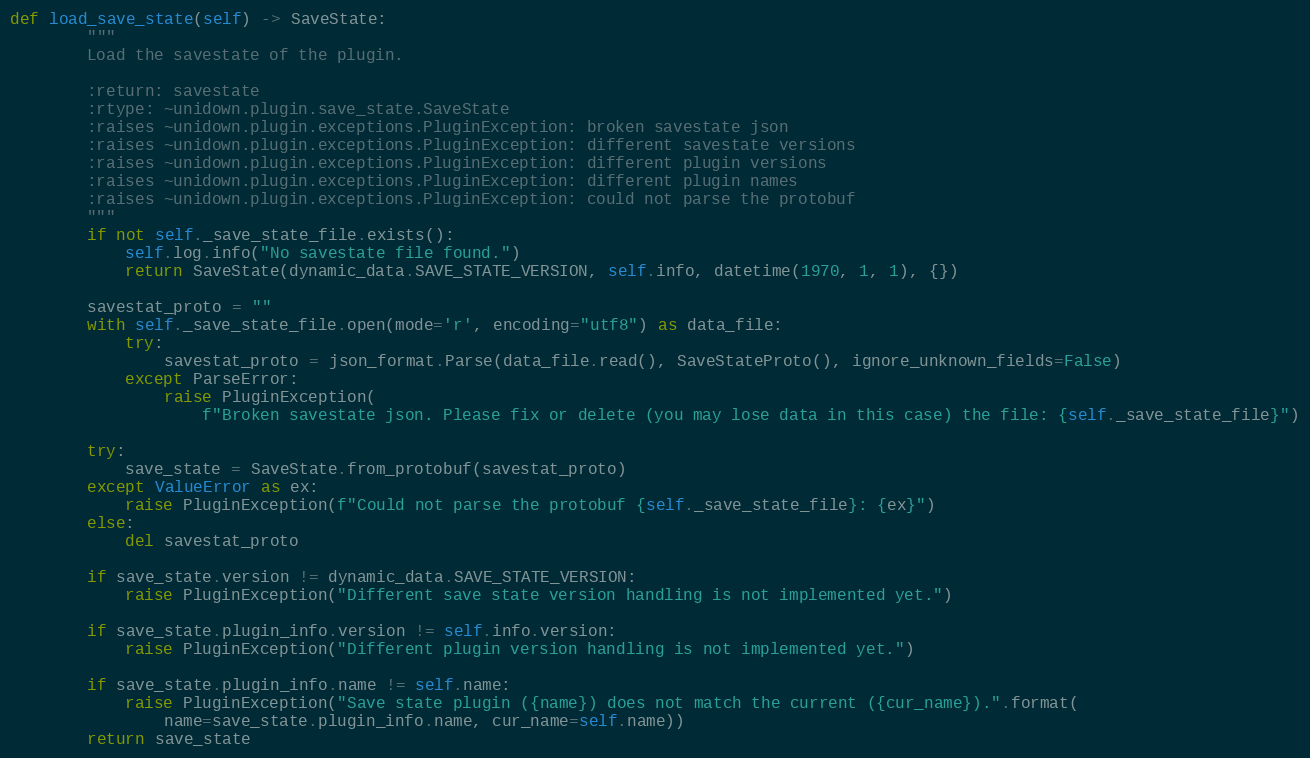
Language: Python
def load_save_state(self) -> SaveState:
        """
        Load the savestate of the plugin.

        :return: savestate
        :rtype: ~unidown.plugin.save_state.SaveState
        :raises ~unidown.plugin.exceptions.PluginException: broken savestate json
        :raises ~unidown.plugin.exceptions.PluginException: different savestate versions
        :raises ~unidown.plugin.exceptions.PluginException: different plugin versions
        :raises ~unidown.plugin.exceptions.PluginException: different plugin names
        :raises ~unidown.plugin.exceptions.PluginException: could not parse the protobuf
        """
        if not self._save_state_file.exists():
            self.log.info("No savestate file found.")
            return SaveState(dynamic_data.SAVE_STATE_VERSION, self.info, datetime(1970, 1, 1), {})

        savestat_proto = ""
        with self._save_state_file.open(mode='r', encoding="utf8") as data_file:
            try:
                savestat_proto = json_format.Parse(data_file.read(), SaveStateProto(), ignore_unknown_fields=False)
            except ParseError:
                raise PluginException(
                    f"Broken savestate json. Please fix or delete (you may lose data in this case) the file: {self._save_state_file}")

        try:
            save_state = SaveState.from_protobuf(savestat_proto)
        except ValueError as ex:
            raise PluginException(f"Could not parse the protobuf {self._save_state_file}: {ex}")
        else:
            del savestat_proto

        if save_state.version != dynamic_data.SAVE_STATE_VERSION:
            raise PluginException("Different save state version handling is not implemented yet.")

        if save_state.plugin_info.version != self.info.version:
            raise PluginException("Different plugin version handling is not implemented yet.")

        if save_state.plugin_info.name != self.name:
            raise PluginException("Save state plugin ({name}) does not match the current ({cur_name}).".format(
                name=save_state.plugin_info.name, cur_name=self.name))
        return save_state